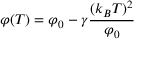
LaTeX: \varphi ( T ) = \varphi _ { 0 } - \gamma { \frac { ( k _ { B } T ) ^ { 2 } } { \varphi _ { 0 } } }